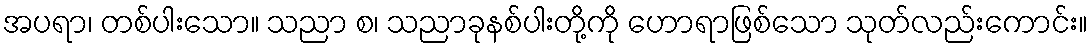
အပရာ၊ တစ်ပါးသော။ သညာ စ၊ သညာခုနစ်ပါးတို့ကို ဟောရာဖြစ်သော သုတ်လည်းကောင်း။